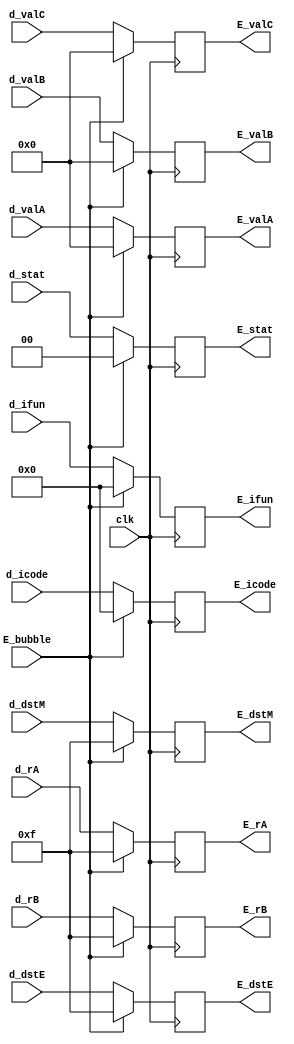
module E_reg(clk,d_stat,d_icode,d_ifun,d_valC,d_valA,d_valB,d_dstE,d_dstM,d_rA,d_rB, E_stat,E_icode,E_ifun,E_valC,E_valA,E_valB,E_rA,E_rB,E_dstE,E_dstM,E_bubble);

input clk;
input [1:0] d_stat;
input [3:0] d_icode,d_ifun,d_dstE,d_dstM,d_rA,d_rB;
input [63:0] d_valC,d_valA,d_valB;

input wire E_bubble;
output reg [1:0] E_stat;
output reg [3:0] E_icode,E_ifun,E_dstE,E_dstM,E_rA,E_rB;
output reg [63:0] E_valC,E_valA,E_valB;

initial begin
    E_stat = 2'd0;
    E_dstE = 4'hF;
    E_dstM = 4'hF;
    E_icode = 4'd0;
    E_ifun = 4'd0;
    E_valC = 64'd0;
    E_valA = 64'd0;
    E_valB = 64'd0;
    E_rA = 4'hF;
    E_rB = 4'hF;
end

always@(posedge clk) begin
    if(E_bubble)begin
        E_stat = 2'd0;
        E_dstE = 4'hF;
        E_dstM = 4'hF;
        E_icode = 4'd0;
        E_ifun = 4'd0;
        E_valC = 64'd0;
        E_valA = 64'd0;
        E_valB = 64'd0;
        E_rA = 4'hF;
        E_rB = 4'hF;
    end
    else begin
        E_stat = d_stat;
        E_icode = d_icode;
        E_ifun = d_ifun;
        E_valC = d_valC;
        E_valA = d_valA;
        E_valB = d_valB;
        E_dstE = d_dstE;
        E_dstM = d_dstM;
        E_rA = d_rA;
        E_rB = d_rB;
    end
end

// always@(negedge clk) begin
//     if(D_stall || (e_icode == 4'b0111 && !e_Cnd) || ((e_icode == 4'b0101 || e_icode == 4'b1011) && (E_dstM == d_rA || E_dstM == d_rB)))begin 
//         E_bubble = 1;
//     end
//     else begin
//         E_bubble = 0;
//     end 
// end

endmodule